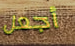
أجعل